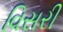
વિસરી